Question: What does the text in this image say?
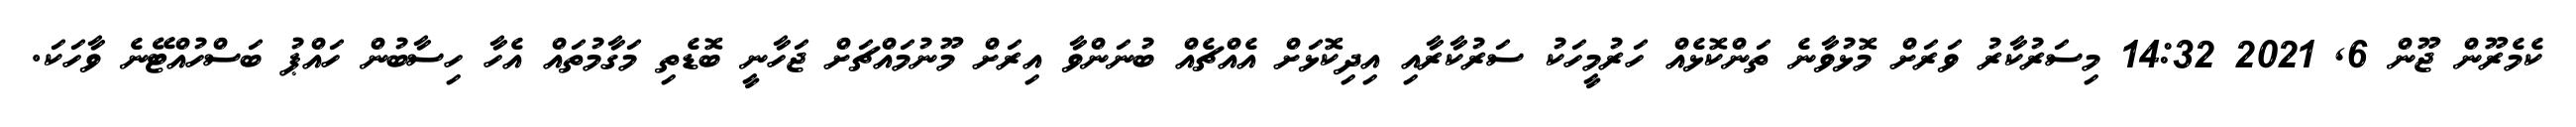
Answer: ކެމެރޫން ޖޫން 6, 2021 14:32 މިސަރުކާރު ވަރަށް މޮޅުވާނެ ތަންކޮޅެއް ހަރުމީހަކު ސަރުކާރާއި އިދިކޮޅަށް އެއްޗެއް ބުނަންވާ އިރަށް މޫނުމައްޗަށް ޖަހާނީ ބޮޑެތި މަގާމުތައް އެހާ ހިސާބުން ހައްޕު ބަސްހުއްޓޭނެ ވާހަކަ.